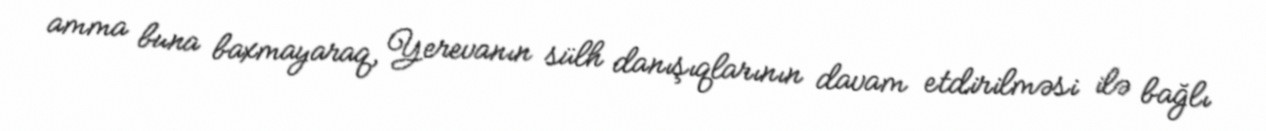
amma buna baxmayaraq, Yerevanın sülh danışıqlarının davam etdirilməsi ilə bağlı